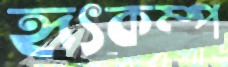
হৃৎকম্প